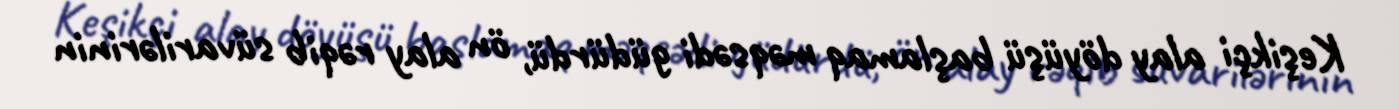
Keşikçi alay döyüşü başlamaq məqsədi güdürdü, ön alay rəqib süvarilərinin